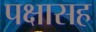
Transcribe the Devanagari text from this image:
पक्षासह